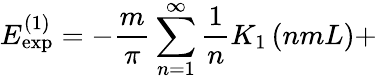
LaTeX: E_{\exp}^{\left(1\right)}=-\frac m\pi\sum_{n=1}^{\infty}\frac 1nK_{1}\left(nmL\right)+